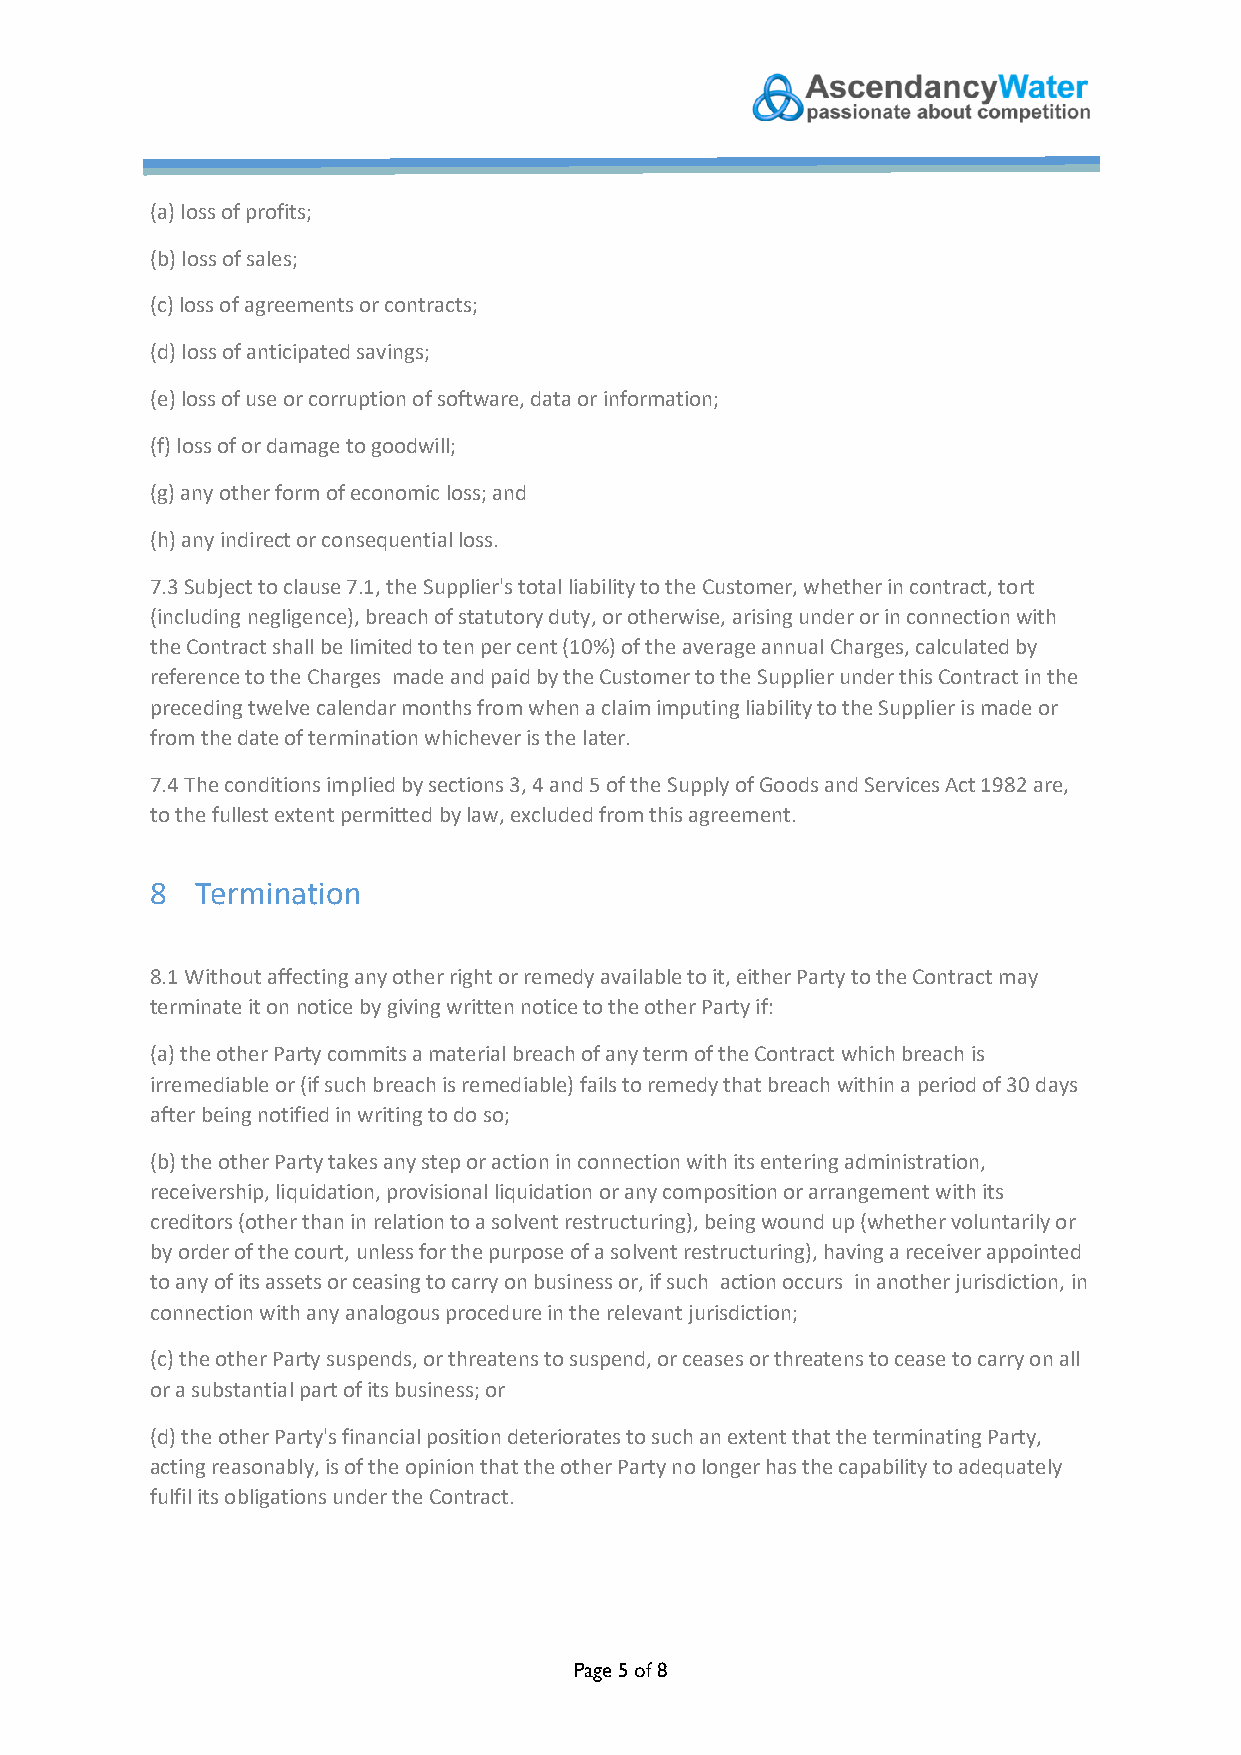
(a) loss of profits;
 (b) loss of sales;
 (c) loss of agreements or contracts;
 (d) loss of anticipated savings;
 (e) loss of use or corruption of software, data or information;
 (f) loss of or damage to goodwill;
 (g) any other form of economic loss; and
 (h) any indirect or consequential loss.
 7.3 Subject to clause 7.1, the Supplier's total liability to the Customer, whether in contract, tort
 (including negligence), breach of statutory duty, or otherwise, arising under or in connection with
 the Contract shall be limited to ten per cent (10%) of the average annual Charges, calculated by
 reference to the Charges made and paid by the Customer to the Supplier under this Contract in the
 preceding twelve calendar months from when a claim imputing liability to the Supplier is made or
 from the date of termination whichever is the later.
 7.4 The conditions implied by sections 3, 4 and 5 of the Supply of Goods and Services Act 1982 are,
 to the fullest extent permitted by law, excluded from this agreement.
 8  Termination
 8.1 Without affecting any other right or remedy available to it, either Party to the Contract may
 terminate it on notice by giving written notice to the other Party if:
 (a) the other Party commits a material breach of any term of the Contract which breach is
 irremediable or (if such breach is remediable) fails to remedy that breach within a period of 30 days
 after being notified in writing to do so;
 (b) the other Party takes any step or action in connection with its entering administration,
 receivership, liquidation, provisional liquidation or any composition or arrangement with its
 creditors (other than in relation to a solvent restructuring), being wound up (whether voluntarily or
 by order of the court, unless for the purpose of a solvent restructuring), having a receiver appointed
 to any of its assets or ceasing to carry on business or, if such action occurs in another jurisdiction, in
 connection with any analogous procedure in the relevant jurisdiction;
 (c) the other Party suspends, or threatens to suspend, or ceases or threatens to cease to carry on all
 or a substantial part of its business; or
 (d) the other Party's financial position deteriorates to such an extent that the terminating Party,
 acting reasonably, is of the opinion that the other Party no longer has the capability to adequately
 fulfil its obligations under the Contract.
 Page 5 of 8